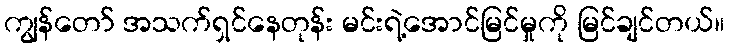
ကျွန်တော် အသက်ရှင်နေတုန်း မင်းရဲ့အောင်မြင်မှုကို မြင်ချင်တယ်။